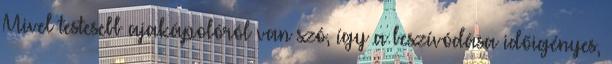
Mivel testesebb ajakápolóról van szó, így a beszívódása időigényes,